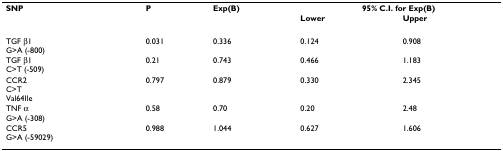
<table><thead><tr><td><b>SNP</b></td><td><b>P</b></td><td><b>Exp(B)</b></td><td colspan="2"><b>95% C.I. for Exp(B)</b></td></tr><tr><td></td><td></td><td></td><td><b>Lower</b></td><td><b>Upper</b></td></tr></thead><tbody><tr><td>TGF β1G&gt;A (-800)</td><td>0.031</td><td>0.336</td><td>0.124</td><td>0.908</td></tr><tr><td>TGF β1C&gt;T (-509)</td><td>0.21</td><td>0.743</td><td>0.466</td><td>1.183</td></tr><tr><td>CCR2C&gt;TVal64Ile</td><td>0.797</td><td>0.879</td><td>0.330</td><td>2.345</td></tr><tr><td>TNF αG&gt;A (-308)</td><td>0.58</td><td>0.70</td><td>0.20</td><td>2.48</td></tr><tr><td>CCR5G&gt;A (-59029)</td><td>0.988</td><td>1.044</td><td>0.627</td><td>1.606</td></tr></tbody></table>